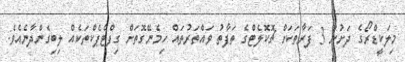
މިލަކީޑްރޯގެ ދަށުން 3 ފަރާތަކަށް ޗޮކޮލެޓްގެ ތަފާތު ވައްތަރުތައް ހިމެނޭގޮތަށް ގިފްޓްޕެކްތަކެއް ލިބިގެންދާނެއެވެ.